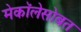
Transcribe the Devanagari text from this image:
मेकॉलेसोबत